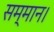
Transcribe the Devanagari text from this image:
सम्‍मान।